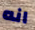
انه